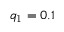
q _ { \mathrm { 1 } } = 0 . 1